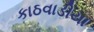
કાઠવાડીયા